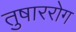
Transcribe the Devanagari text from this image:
तुषाररोग